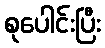
စုပေါင်းပြီး